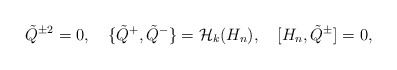
\begin{align*}\tilde{Q}{}^{\pm 2}=0,\quad\{\tilde{Q}{}^+,\tilde{Q}{}^-\}={\cal H}_k(H_n),\quad[H_n,\tilde{Q}{}^\pm]=0,\end{align*}